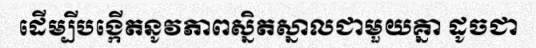
ដើម្បីបង្កើតនូវភាពស្និតស្នាលជាមួយគ្នា ដូចជា